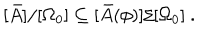
LaTeX: [ \bar { A } ] / [ \Omega _ { 0 } ] \subseteq [ \bar { A } ( \phi ) ] / [ \Omega _ { 0 } ] \ .